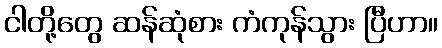
ငါတို့တွေ ဆန်ဆုံစား ကံကုန်သွား ပြီဟာ။